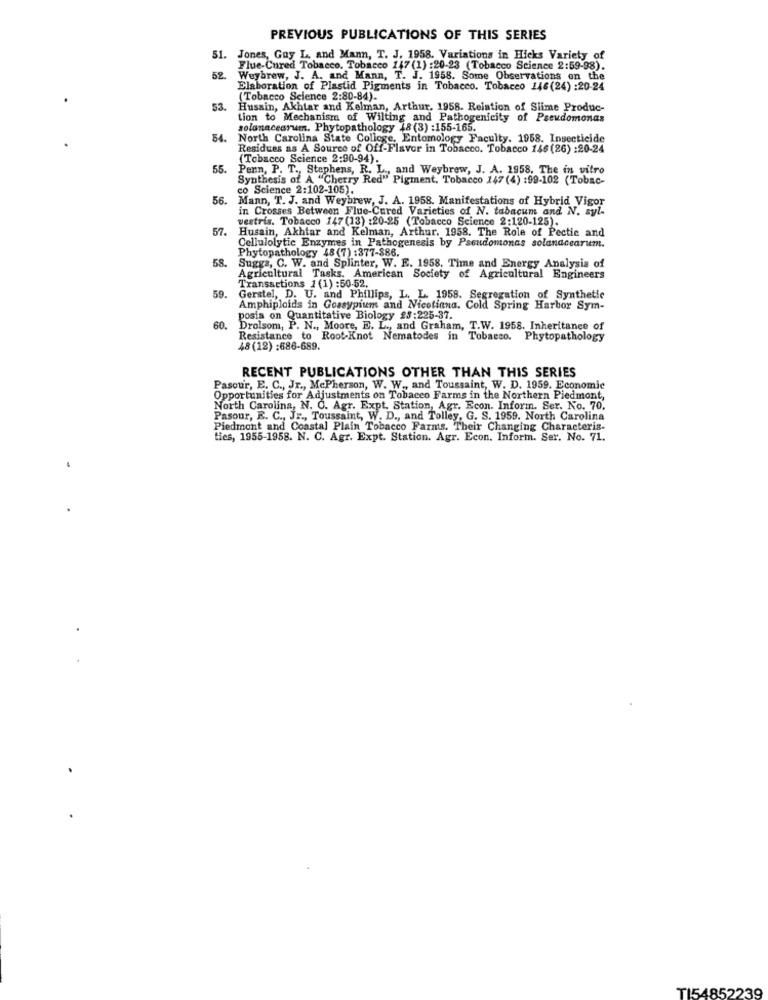
PREVIOUS PUBLICATIONS OF THIS SERIES
51.
Jones, Guy L. and Man, T. J. 1958. Variations in Hicks Variety of
Flue-Cured Tobacco. Tobacco 147 (1) :20-23 (Tobacco Science 2:59-98).
52.
Weybrew, J. A. and Mann, T. J. 1958. Some Observations on the
Elaboration of Plastid Pigments in Tobacco. Tobacco 146(24) :20-24
(Tobacco Science 2:80-84).
53.
Husain, Akhtar and Kelman, Arthur. 1958. Relation of Slime Produc-
tion to Mechanism of Wilting and Pathogenicity of Pseudomonas
solonacearum. Phytopathology 18 (3) :155-165.
54.
North Carolina State College, Entomology Faculty. 1958. Insecticide
Residues as A Source of Off-Flavor in Tobacco. Tobacco 146 (26) :20-24
(Tobacco Science 2:90-94).
55.
Penn, P. T ., Stephens, R. L ., and Weybrew, J. A. 1958. The in vitro
Synthesis of A "Cherry Red" Pigment. Tobacco 147 (4) :99-102 (Tobac-
co Science 2:102-105).
56.
Mann, T. J. and Weybrew, J. A. 1958. Manifestations of Hybrid Vigor
in Crosses Between Flue-Cured Varieties of N. tabacum and N. syl-
vestris. Tobacco 147 (13) :20-25 (Tobacco Science 2:120-125).
57.
Husain, Akhtar and Kelman, Arthur. 1958. The Role of Pectic and
Phytopathology 48(7) :377-886.
Cellulolytic Enzymes in Pathogenesis by Pseudomonas solanaccarum.
58.
Suggs, C. W. and Splinter, W. E. 1958. Time and Energy Analysis of
Agricultural Tasks. American Society of Agricultural Engineers
Transactions 1(1) :50-52.
59.
Gerstel, D. U. and Phillips, L. L. 1958. Segregation of Synthetic
Amphiplaids in Goasypium and Nicotiana. Cold Spring Harbor Sym-
posia on Quantitative Biology 25:225-37.
60.
Drolsom, P. N ., Moore, E. L ., and Graham, T.W. 1958. Inheritance of
Resistance to Root-Knot Nematodes in Tobacco. Phytopathology
48 (12) :686-689.
RECENT PUBLICATIONS OTHER THAN THIS SERIES
Pasour, E. C ., Jr ., McPherson, W. W ., and Toussaint, W. D. 1959. Economic
Opportunities for Adjustments on Tobacco Farms in the Northern Piedmont,
North Carolina, N. C. Agr. Expt. Station, Agr. Econ. Inform. Ser. No. 70.
Pasour, E. C ., Jr ., Toussaint, W. D ., and Tolley, G. S. 1959. North Carolina
Piedmont and Coastal Plain Tobacco Farms. Their Changing Characteris-
ties, 1955-1958. N. C. Agr. Expt. Station. Agr. Econ. Inform. Ser. No. 71.
T154852239